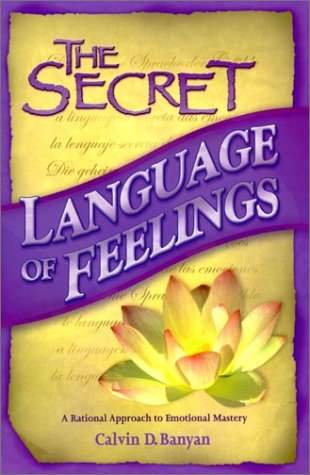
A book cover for The Secret Language of Feelings  A Rational Approach to Emotional Mastery; Calvin D. Banyan; Self-Help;